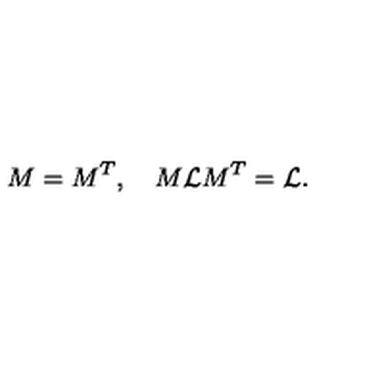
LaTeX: M = M ^ { T } , \quad M { \cal { L } } M ^ { T } = { \cal { L } } .